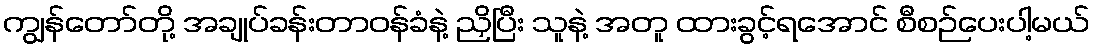
ကျွန်တော်တို့ အချုပ်ခန်းတာဝန်ခံနဲ့ ညှိပြီး သူနဲ့ အတူ ထားခွင့်ရအောင် စီစဉ်ပေးပါ့မယ်